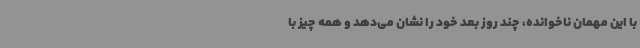
با این مهمان ناخوانده، چند روز بعد خود را نشان می‌دهد و همه چیز با